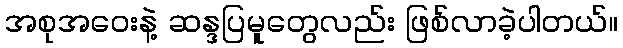
အစုအဝေးနဲ့ ဆန္ဒပြမူတွေလည်း ဖြစ်လာခဲ့ပါတယ်။